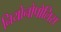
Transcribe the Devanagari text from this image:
नियोनोपोलिस